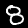
Digit: 8